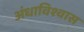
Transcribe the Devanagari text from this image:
अंधाविश्वास